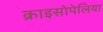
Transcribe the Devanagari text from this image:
क्राइसोपेलिया